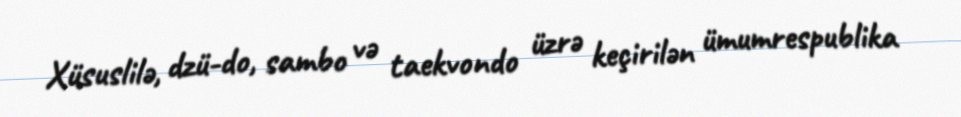
Xüsuslilə, dzü-do, sambo və taekvondo üzrə keçirilən ümumrespublika